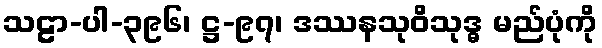
သဠာ-ပါ-၃၉၆၊ ဋ္ဌ-၉၇၊ ဒဿနသုဝိသုဒ္ဓ မည်ပုံကို